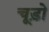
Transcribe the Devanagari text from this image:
चूड़ो